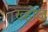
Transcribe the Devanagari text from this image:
ख्होज